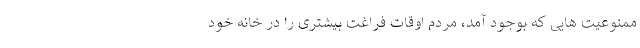
ممنوعیت هایی که بوجود آمد، مردم اوقات فراغت بیشتری را در خانه خود